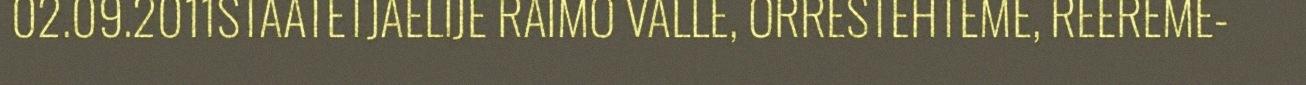
02.09.2011STAATETJAELIJE RAIMO VALLE, ORRESTEHTEME, REEREME-